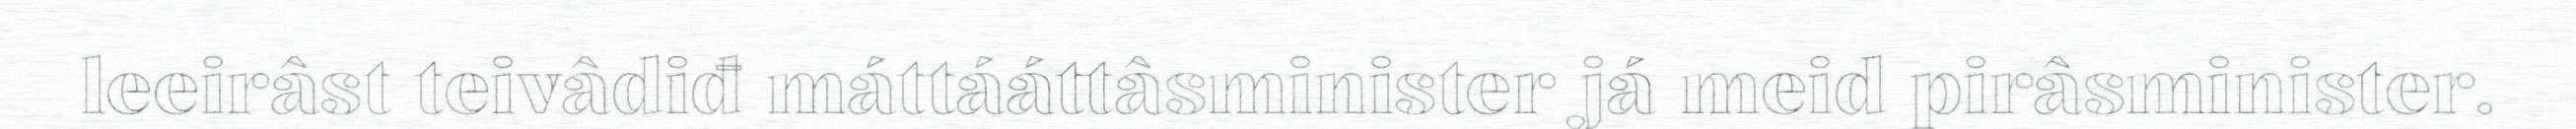
leeirâst teivâdiđ máttááttâsminister já meid pirâsminister.